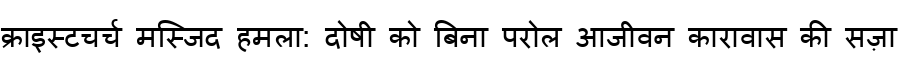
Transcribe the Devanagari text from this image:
क्राइस्टचर्च मस्जिद हमला: दोषी को बिना परोल आजीवन कारावास की सज़ा